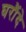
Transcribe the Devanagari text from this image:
घरौंदे